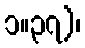
၁။၃၇)၊